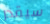
سيقدر